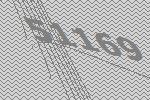
51169